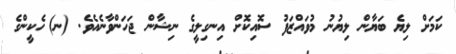
ކަމަށް ލިޔެ ބަޔާން ލިޔުނު މުވައްޒަފު ސޮއިކޮށް އިނގިލީގެ ނިޝާން ޖަހަންވާނެއެވެ. (ނ)	ހެކީންގެ